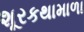
શૂરકથામાળા